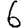
Digit: 6